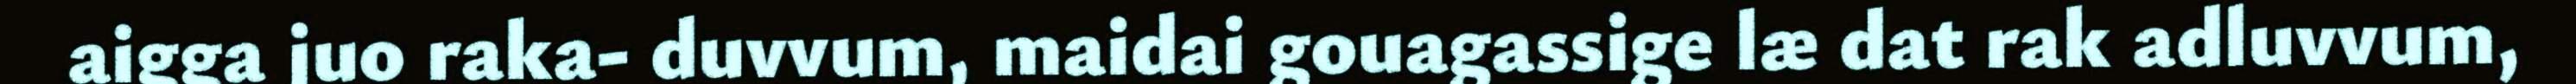
aigga juo raka- duvvum, maidai gouagassige læ dat rak adluvvum,